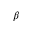
\beta